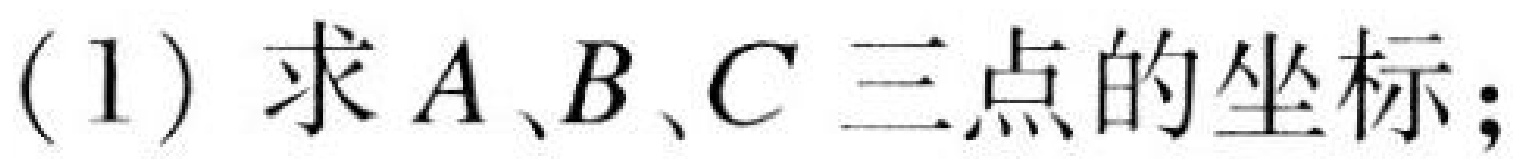
(1) 求\(A、B、C\)三点的坐标；